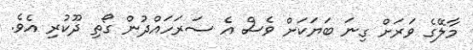
މާލޭގެ ވަރަށް ގިނަ ބަޔަކަށް ވެސް އެ ސަރަހައްދުން ގޯތި ދޫކުރި އެވެ.